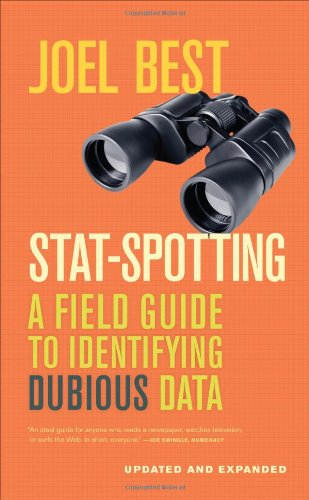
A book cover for Stat-Spotting: A Field Guide to Identifying Dubious Data; Joel Best; Politics & Social Sciences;